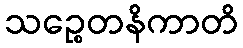
သဉ္စေတနိကာတိ